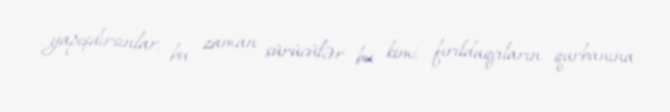
yapışdırsınlar, bu zaman sürücülər bu kimi fırıldaqçıların qurbanına